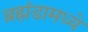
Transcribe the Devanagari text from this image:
ब्रह्मंडामध्ये